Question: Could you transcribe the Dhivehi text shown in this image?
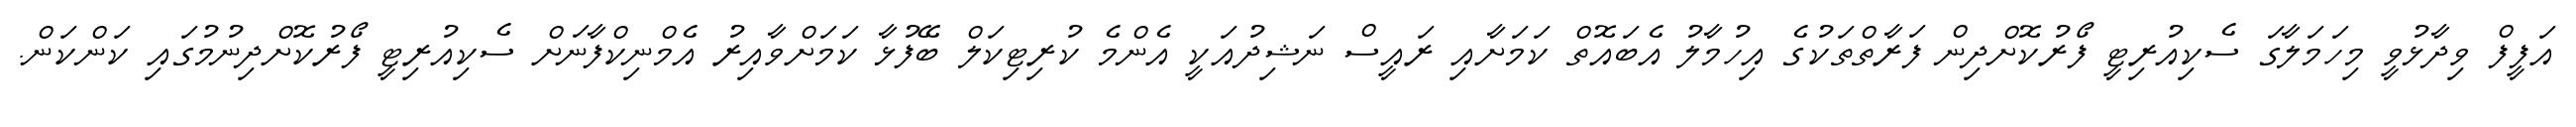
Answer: އަފީފް ވިދާޅުވީ މިހަމަލާގަ ސެކިއުރިޓީ ފޯރުކޮށްދިން ފަރާތްތަކުގެ އިހުމާލު އެބައޮތް ކަމަށާއި ރައީސް ނަޝިދުއަކީ އެންމެ ކުރިޓިކަލް ބޭފުޅާ ކަމަށްވާއިރު އެމްނިކްފާނަށް ސެކިއުރިޓީ ފޯރުކޮށްދިނުމުގައި ކަންކަން.